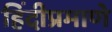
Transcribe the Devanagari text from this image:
हिंदीप्रमाणे